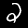
Label: 2